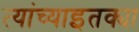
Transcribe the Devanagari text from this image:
त्यांच्याइतक्या